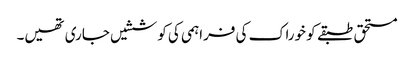
مستحق طبقے کو خوراک کی فراہمی کی کوششیں جاری تھیں۔